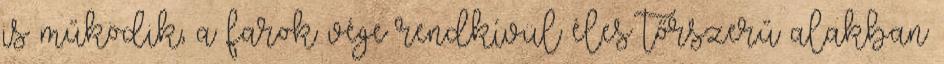
is működik, a farok vége rendkívül éles tőrszerű alakban